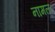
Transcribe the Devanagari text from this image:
नामल